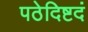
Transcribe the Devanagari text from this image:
पठेदिष्टदं